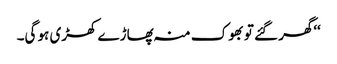
‘‘گھر گئے تو بھوک منہ پھاڑے کھڑی ہو گی۔